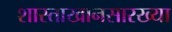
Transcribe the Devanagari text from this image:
शास्ताखानसारख्या